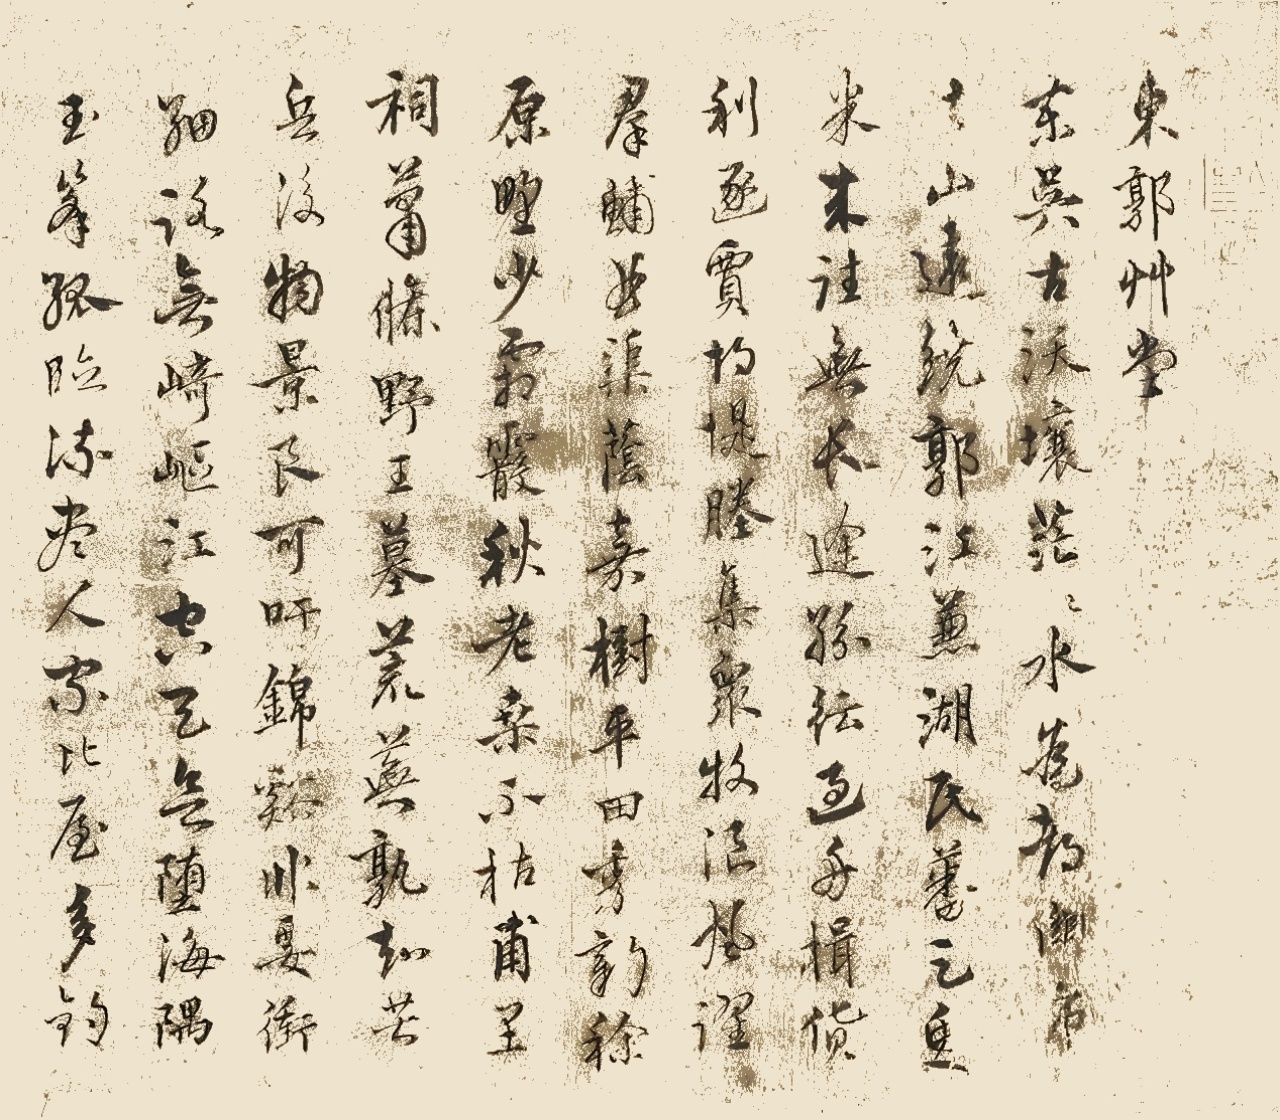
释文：东郭草堂。东吴古沃壤，茫茫水为都。关市去山远，绕郭江兼湖。民蕃足鱼米，来往无长途。纷纭过舟楫，货利逐贾胡。堤塍集众牧，浪风耀群𫚙。曲渠荫嘉树，平田秀新稌。原野少霜霰……从容与谈笑，放浪当从吾。斯心未能遂，矫首空踟蹰。洪武三十一年仓龙戊寅秋九月十日，燕山老客道衍。